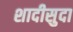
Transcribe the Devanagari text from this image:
शादीसुदा